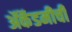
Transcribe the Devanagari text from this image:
ॲकॅडमीची